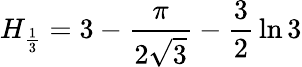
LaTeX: H_{\frac{1}{3}}=3-{\frac{\pi}{2{\sqrt{3}}}}-{\frac{3}{2}}\ln{3}